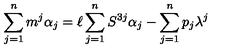
\sum _ { j = 1 } ^ { n } m ^ { j } \alpha _ { j } = \ell \sum _ { j = 1 } ^ { n } S ^ { 3 j } \alpha _ { j } - \sum _ { j = 1 } ^ { n } p _ { j } \lambda ^ { j }